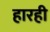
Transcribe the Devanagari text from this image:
हारही